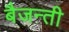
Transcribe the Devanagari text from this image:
बैजन्ती